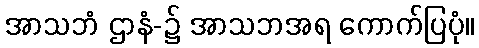
အာသဘံ ဌာနံ-၌ အာသဘအရ ကောက်ပြပုံ။